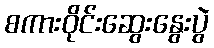
စကားဝိုင်းဆွေးနွေးပွဲ